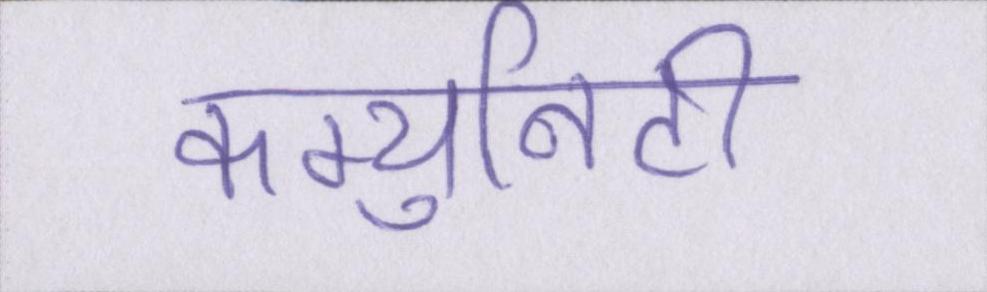
कम्युनिटी